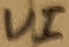
Text: VI